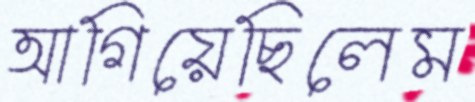
আগিয়েছিলেম